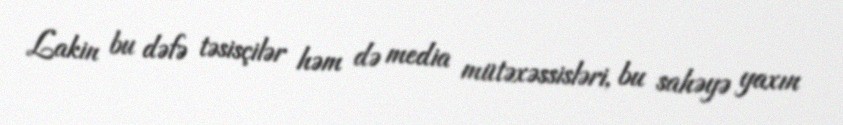
Lakin bu dəfə təsisçilər həm də media mütəxəssisləri, bu sahəyə yaxın